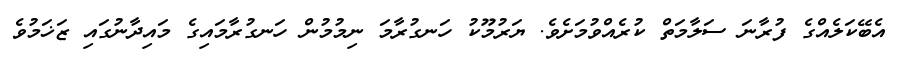
އެބޭކަލެއްގެެ ފުރާނަ ސަލާމަތް ކުރެއްވުމަށެވެ. ޔަރުމޫކު ހަނގުރާމަ ނިމުމުން ހަނގުރާމައިގެ މައިދާނުގައި ޒަޚަމުވެ